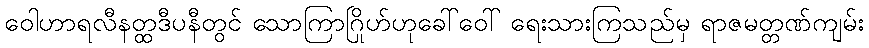
ဝေါဟာရလီနတ္ထဒီပနီတွင် သောကြာဂြိုဟ်ဟုခေါ်ဝေါ် ရေးသားကြသည်မှ ရာဇမတ္တဏ်ကျမ်း